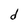
Character: d